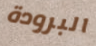
البرودة